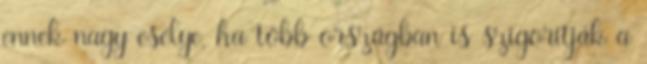
ennek nagy esélye, ha több országban is szigorítják a